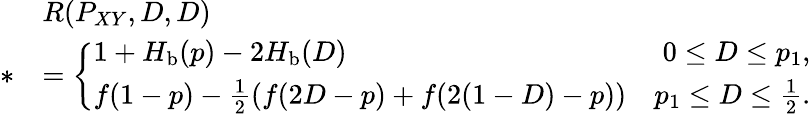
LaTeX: \begin{array}{rl}&{R(P_{XY},D,D)}\\ {*}&{=\left\{ \begin{array}{lr}{1+H_{\mathrm{b}}(p)-2H_{\mathrm{b}}(D)}&{0\leq D\leq p_{1},}\\ {f(1-p)-\frac{1}{2}\left(f(2D-p)+f(2(1-D)-p)\right)}&{p_{1}\leq D\leq\frac{1}{2}.}\end{array}\right.}\end{array}